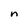
Character: n